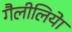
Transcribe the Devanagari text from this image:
गैलीलियेा